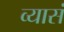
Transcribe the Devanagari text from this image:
व्यासं